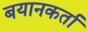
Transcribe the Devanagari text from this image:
बयानकर्ता